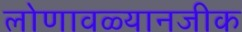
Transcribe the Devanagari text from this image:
लोणावळ्यानजीक